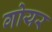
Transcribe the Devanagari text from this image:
गोयर